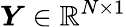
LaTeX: \boldsymbol{Y}\in\mathbb{R}^{N\times 1}